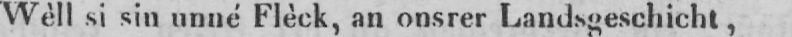
Wèll si sin unné Flèck, an onsrer Landsgeschicht,